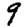
Digit: 9